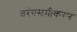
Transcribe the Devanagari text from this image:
तरंगसमीकरण